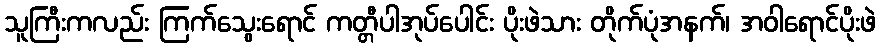
သူကြီးကလည်း ကြက်သွေးရောင် ကတ္တီပါအုပ်ပေါင်း ပိုးဖဲသား တိုက်ပုံအနက်၊ အဝါရောင်ပိုးဖဲ